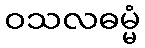
ဝသလဓမ္မံ